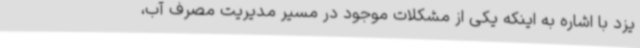
یزد با اشاره به اینکه یکی از مشکلات موجود در مسیر مدیریت مصرف آب،